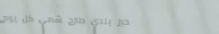
خبز بلدي طازج شهي كل يوم